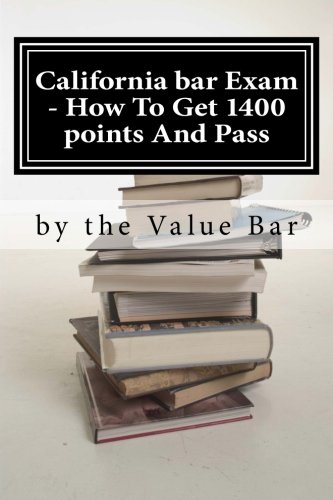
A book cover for California bar Exam - How To Get 1400 points And Pass: The California bar examination can go from being  tough to being in the bag!; the Value Bar; Test Preparation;